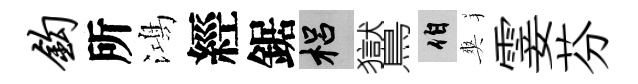
钩所鴻經鋸梠鸑伯爽霎芬